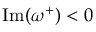
\operatorname { I m } ( \omega ^ { + } ) < 0